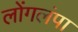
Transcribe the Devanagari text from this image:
लोंगलंपा